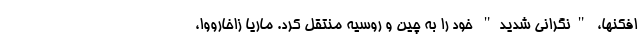
افکنها، "نگرانی شدید" خود را به چین و روسیه منتقل کرد. ماریا زاخارووا،